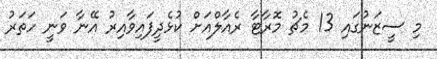
މި ސީޒަނުގައި 13 މެޗު މޮރާޓާ ރެއާލްއަށް ކުޅެދީފައިވާއިރު އޭނާ ވަނީ ހަތަރު